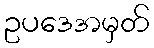
ဥပဒေအမှတ်